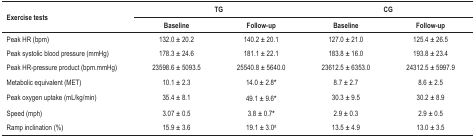
<table><thead><tr><td rowspan="2"><b>Exercise tests</b></td><td colspan="2"><b>TG</b></td><td colspan="2"><b>CG</b></td></tr><tr><td><b>Baseline</b></td><td><b>Follow-up</b></td><td><b>Baseline</b></td><td><b>Follow-up</b></td></tr></thead><tbody><tr><td>Peak HR (bpm)</td><td>132.0 ± 20.2</td><td>140.2 ± 20.1</td><td>127.0 ± 21.0</td><td>125.4 ± 26.5</td></tr><tr><td>Peak systolic blood pressure (mmHg)</td><td>178.3 ± 24.6</td><td>181.1 ± 22.1</td><td>183.8 ± 16.0</td><td>193.8 ± 23.4</td></tr><tr><td>Peak HR-pressure product (bpm.mmHg)</td><td>23598.6 ± 5093.5</td><td>25540.8 ± 5640.0</td><td>23612.5 ± 6353.0</td><td>24312.5 ± 5997.9</td></tr><tr><td>Metabolic equivalent (MET)</td><td>10.1 ± 2.3</td><td>14.0 ± 2.8*</td><td>8.7 ± 2.7</td><td>8.6 ± 2.5</td></tr><tr><td>Peak oxygen uptake (mL/kg/min)</td><td>35.4 ± 8.1</td><td>49.1 ± 9.6*</td><td>30.3 ± 9.5</td><td>30.2 ± 8.9</td></tr><tr><td>Speed (mph)</td><td>3.07 ± 0.5</td><td>3.8 ± 0.7*</td><td>2.9 ± 0.3</td><td>2.9 ± 0.5</td></tr><tr><td>Ramp inclination (%)</td><td>15.9 ± 3.6</td><td>19.1 ± 3.0#</td><td>13.5 ± 4.9</td><td>13.0 ± 3.5</td></tr></tbody></table>